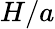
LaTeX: H/a